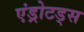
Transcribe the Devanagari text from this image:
एंड्रोटड्स